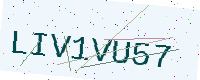
Text: LIV1VU57